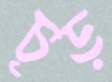
চূড়